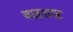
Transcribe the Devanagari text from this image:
बाहशाह